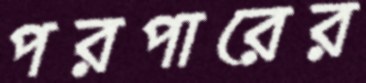
পরপারের